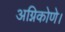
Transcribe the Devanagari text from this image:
अग्निकोणे।